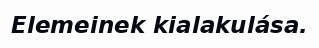
Elemeinek kialakulása.